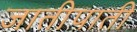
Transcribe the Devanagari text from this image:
जातीपाती